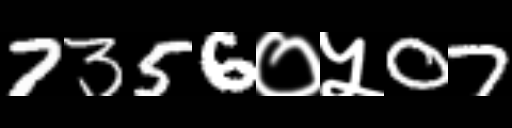
Text: 7356०५07